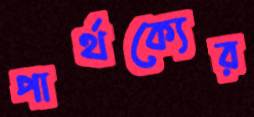
পার্থক্যের